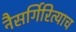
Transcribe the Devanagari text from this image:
नैसर्गिरित्याच